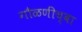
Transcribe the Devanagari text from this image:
गौळणींच्वा